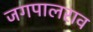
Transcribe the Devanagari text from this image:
जगपालराव